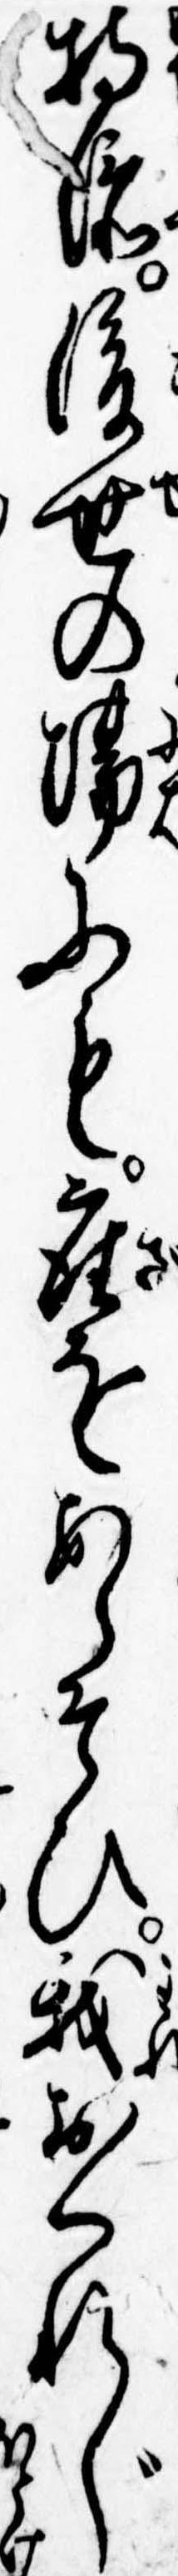
持添後世の場にも座をあらそひ我おくれじ